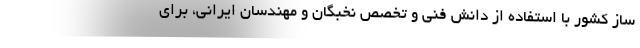
ساز کشور با استفاده از دانش فنی و تخصص نخبگان و مهندسان ایرانی، برای